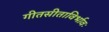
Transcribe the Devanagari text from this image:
गीतसीताविर्भावः